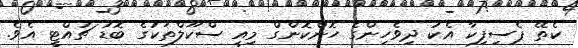
ކެތޭ ޕެސިފިކާ އެކު ދިވެހިންގެ ހޮންކޮންގް މިއީ ސްކޫލްތަކުގެ ބޮޑު ޗުއްޓީ އެވެ.